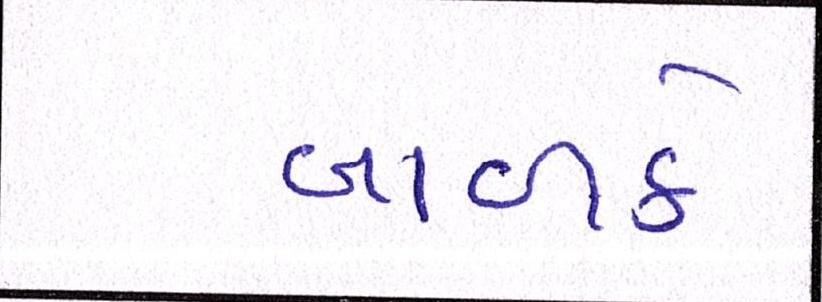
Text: બાળકે